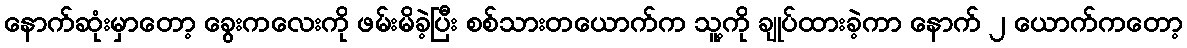
နောက်ဆုံးမှာတော့ ခွေးကလေးကို ဖမ်းမိခဲ့ပြီး စစ်သားတယောက်က သူ့ကို ချုပ်ထားခဲ့ကာ နောက် ၂ ယောက်ကတော့